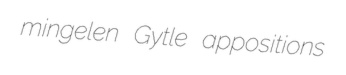
mingelen Gytle appositions